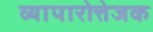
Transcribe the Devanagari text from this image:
व्यापारोत्तेजक